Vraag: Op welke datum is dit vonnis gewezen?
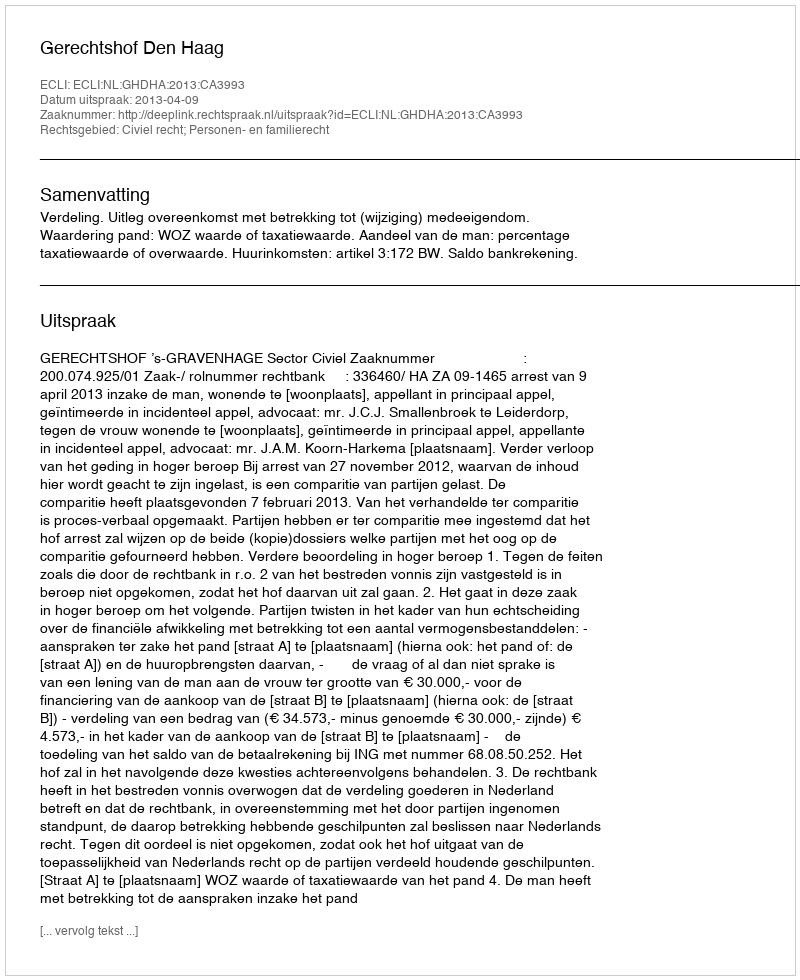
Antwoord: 2013-04-09